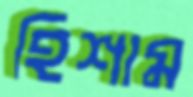
হিশাম